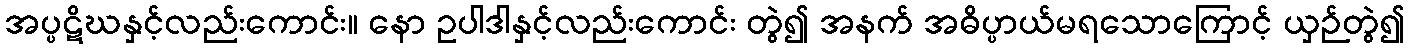
အပ္ပဋိဃနှင့်လည်းကောင်း။ နော ဥပါဒါနှင့်လည်းကောင်း တွဲ၍ အနက် အဓိပ္ပာယ်မရသောကြောင့် ယှဉ်တွဲ၍